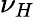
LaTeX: \nu_{H}